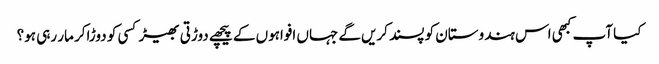
کیا آپ کبھی اس ہندوستان کو پسند کریں‌گے جہاں افواہوں کے پیچھے دوڑتی بھیڑ کسی کو دوڑاکر مار رہی ہو؟